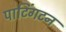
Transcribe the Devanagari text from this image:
पाटिंगटन